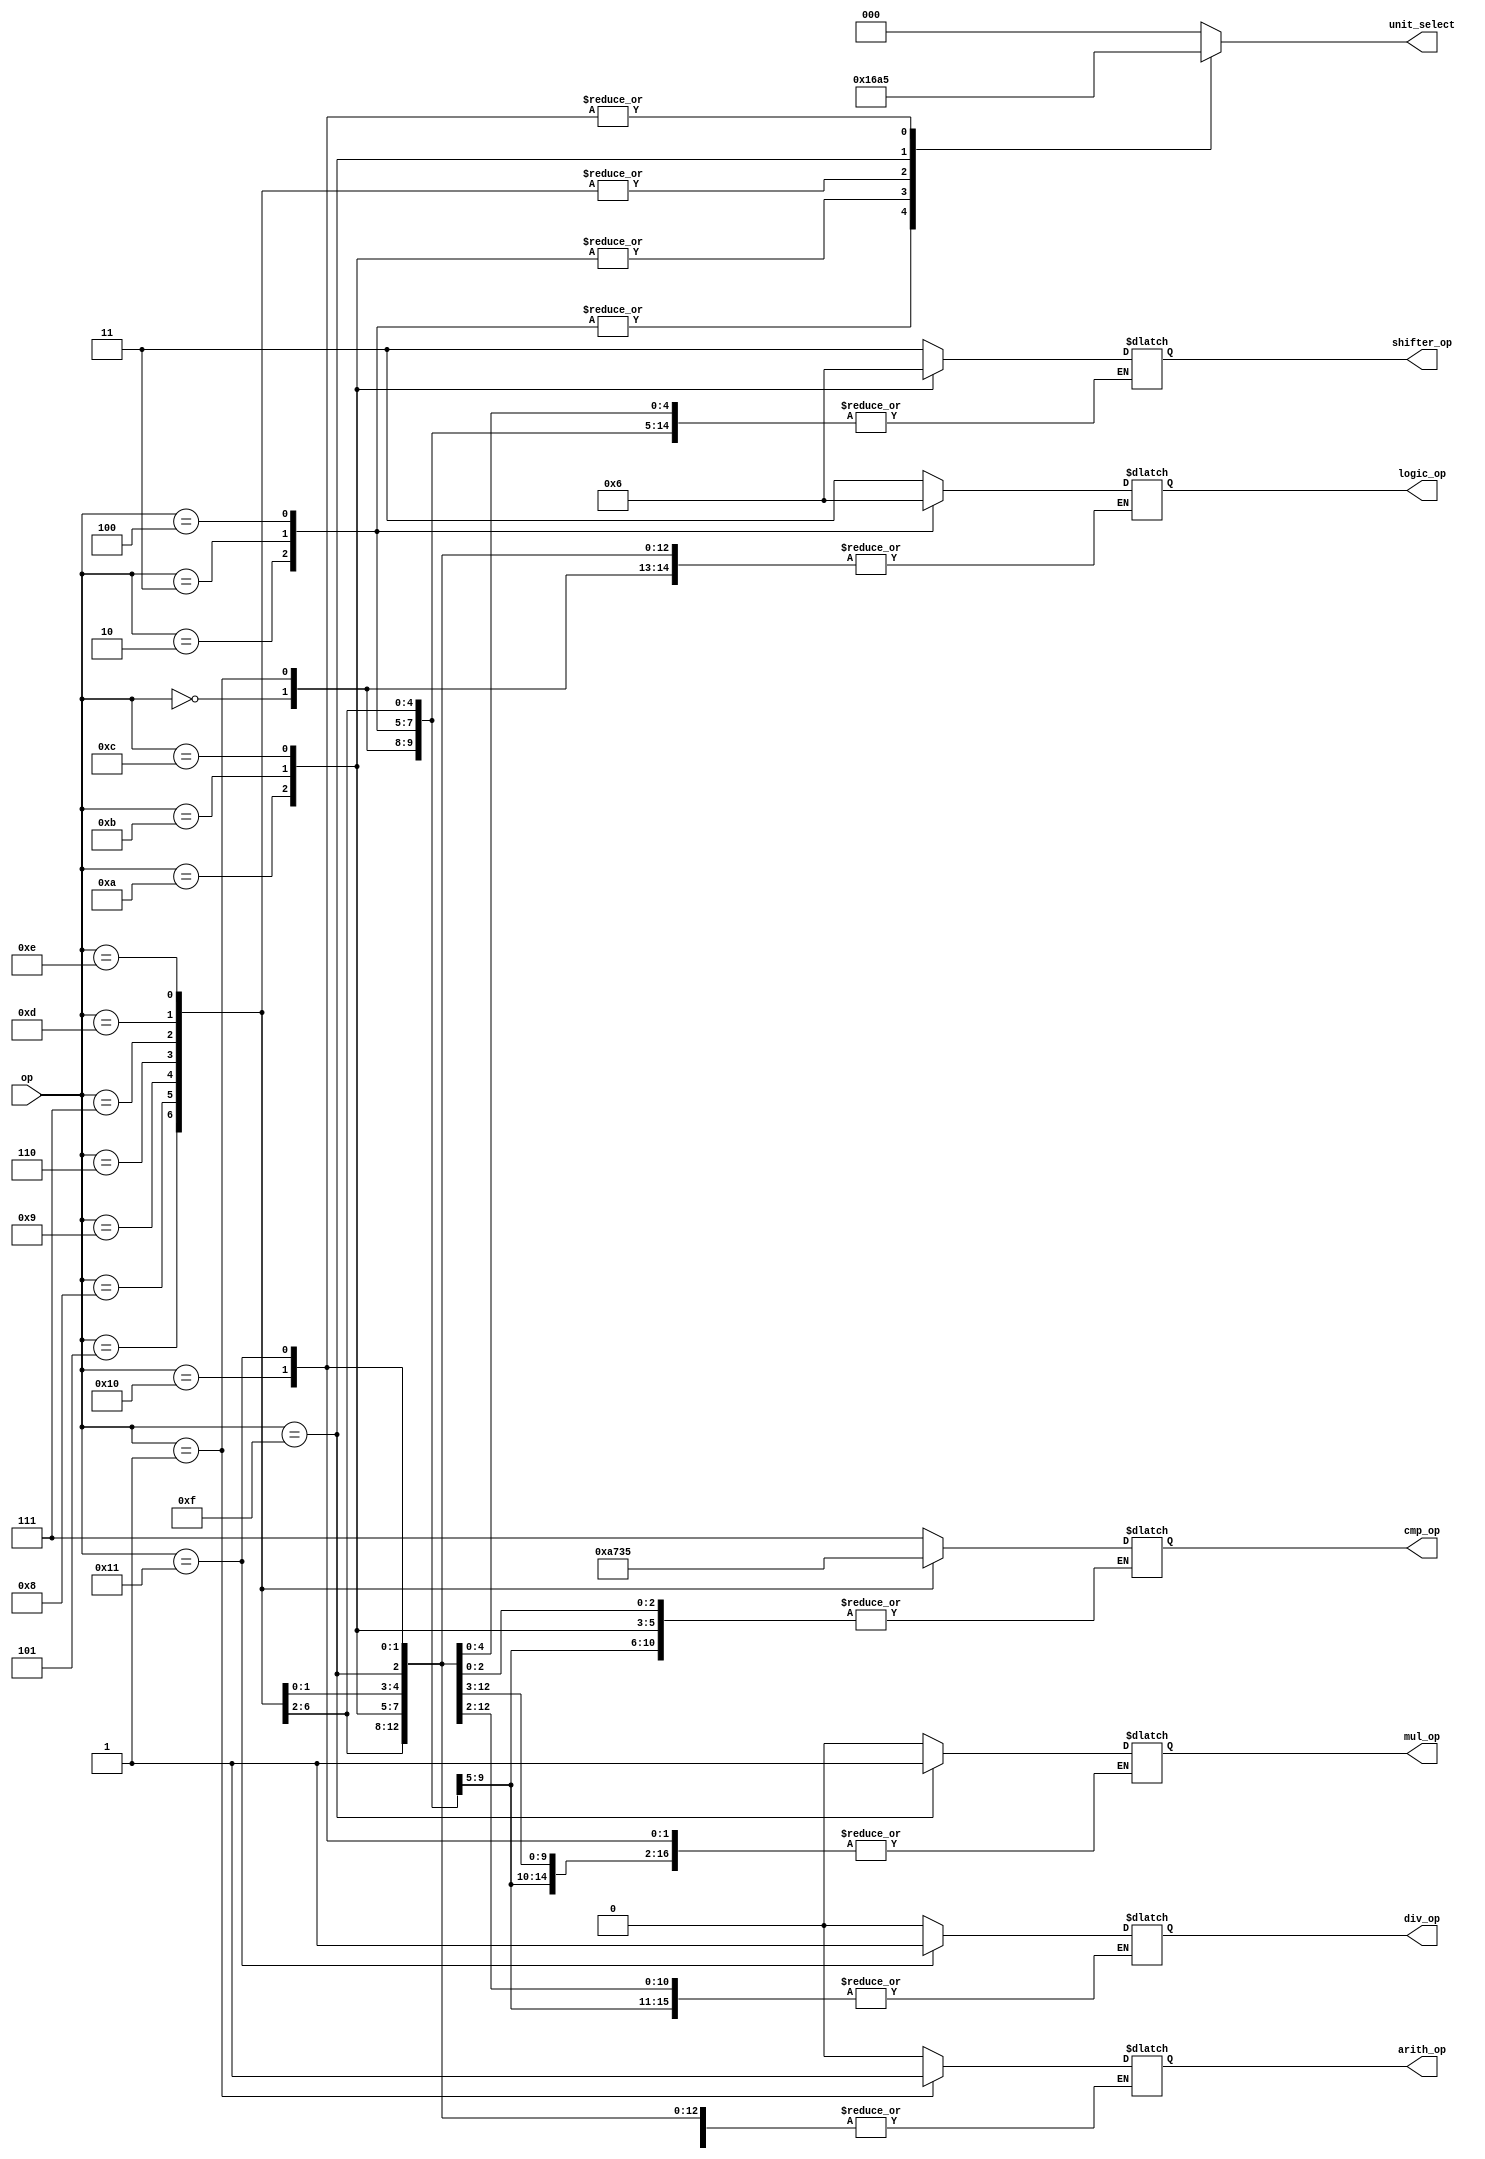
module Function_Control(
    input [4:0] op,                      // Operation code input
    output reg arith_op,                 // 0 for addition, 1 for subtraction
    output reg [1:0] logic_op,           // 00 for and, 01 for xor, 10 for or
    output reg [1:0] shifter_op,         // 00 shift left, 01 shift right logical, 10 shift right arithmetic
    output reg [2:0] cmp_op,             // 000 for equal, 001 for not equal, etc.
    output reg [2:0] unit_select,        // Selects the unit to be used for the operation
    output reg mul_op,                   // Flag for multiplication operation
    output reg div_op                    // Flag for division operation
    );
    
    localparam [4:0] ADD            = 5'd0;    
    localparam [4:0] SUB            = 5'd1;    
    localparam [4:0] AND            = 5'd2;    
    localparam [4:0] XOR            = 5'd3;    
    localparam [4:0] OR             = 5'd4;    
    localparam [4:0] EQUAL          = 5'd5;    
    localparam [4:0] GREATER_EQUAL  = 5'd6;    
    localparam [4:0] LESS_THAN      = 5'd7;   
    localparam [4:0] NOT_EQUAL      = 5'd8;    
    localparam [4:0] GREATER        = 5'd9;    
    localparam [4:0] SLL            = 5'd10;    
    localparam [4:0] SRL            = 5'd11;    
    localparam [4:0] SRA            = 5'd12;
    localparam [4:0] GREATER_EQUAL_SIGNED  = 5'd13;    
    localparam [4:0] LESS_THAN_SIGNED      = 5'd14; 
    
    localparam [4:0] MULHU          = 5'd15;
    localparam [4:0] DIVU           = 5'd16;
    localparam [4:0] REMU           = 5'd17;
    
    always @(*)begin
        case (op)
            // Arithmetic Unit - unit_select = 2'b00;
            ADD:begin
                arith_op = 1'b0;
                unit_select = 3'b000;
            end
            SUB:begin
                arith_op = 1'b1;
                unit_select = 3'b000;
            end
            // Logic Unit - unit_select = 3'b01;
            AND:begin
                logic_op = 2'b00;
                unit_select = 3'b001;
            end
            XOR:begin
                logic_op = 2'b01;
                unit_select = 3'b001;
            end
            OR:begin
                logic_op = 2'b10;
                unit_select = 3'b001;
            end
            // Comparison Unit - unit_select = 3'b10;
            EQUAL:begin
                cmp_op = 3'b000;
                unit_select = 3'b010;
            end
            NOT_EQUAL:begin
                cmp_op = 3'b001;
                unit_select = 3'b010;
            end
            GREATER:begin
                cmp_op = 3'b010;
                unit_select = 3'b010;
            end
            GREATER_EQUAL:begin
                cmp_op = 3'b011;
                unit_select = 3'b010;
            end
            LESS_THAN:begin
                cmp_op = 3'b100;
                unit_select = 3'b010;
            end
            // Shifter Unit - unit_select = 3'b11;
            SLL:begin
                shifter_op = 2'b000;
                unit_select = 3'b011;
            end
            SRL:begin
                shifter_op = 2'b001;
                unit_select = 3'b011;
            end
            SRA:begin
                shifter_op = 2'b010;
                unit_select = 3'b011;
            end
            GREATER_EQUAL_SIGNED:begin
                cmp_op = 3'b110;
                unit_select = 3'b010;
            end
            LESS_THAN_SIGNED:begin
                cmp_op = 3'b101;
                unit_select = 3'b010;
            end
            MULHU:begin
                mul_op = 1'b1;
                unit_select = 3'b100;
            end
            DIVU:begin
                div_op = 1'b0;
                unit_select = 3'b101;
            end
            REMU:begin
                div_op = 1'b1;
                unit_select = 3'b101;
            end
            default:begin
                mul_op = 1'b0;
                div_op = 1'b0;
                arith_op = 1'b0;
                logic_op = 2'b11;
                shifter_op = 2'b11;
                cmp_op = 3'b111;
                unit_select = 3'b000;
            end
        endcase
    end
endmodule